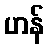
ဟန်